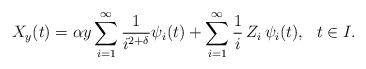
LaTeX: \begin{align*}X_y (t) = \alpha y\sum_{i=1}^\infty \frac 1{i^{2+\delta}} \psi_i(t) + \sum_{i=1}^\infty \frac 1i \, Z_i\, \psi_i(t),~~ t\in I.\end{align*}